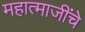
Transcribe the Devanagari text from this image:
महात्माजींचे